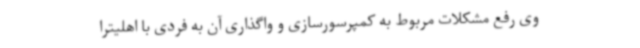
وی رفع مشکلات مربوط به کمپرسورسازی و واگذاری آن به فردی با اهلیترا